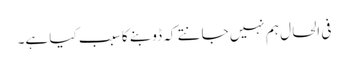
فی الحال ہم نہیں جانتے کہ ڈوبنے کا سبب کیا ہے۔